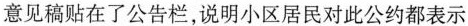
意见稿贴在了公告栏，说明小区居民对此公约都表示